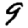
Digit: 9